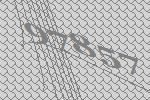
97857